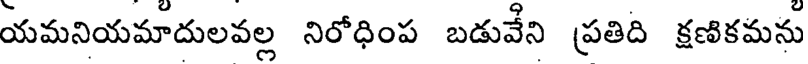
యమనియమాదులవల్ల నిరోధింప బడువేని ప్రతిది క్షణికమను